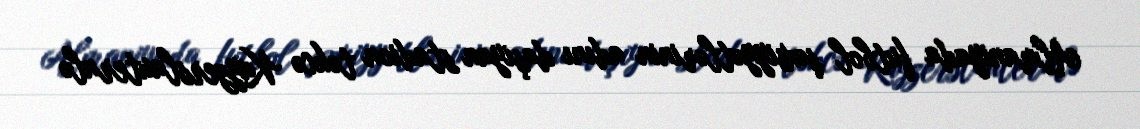
Almaniyada futbol şəxsiyyətlərinin adını daşıyan stadion təkcə Kayzerslauternlə